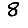
Digit: 8